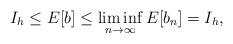
LaTeX: \begin{align*}I_h\leq E[b]\leq \liminf_{n\to\infty}E[b_n]=I_h,\end{align*}